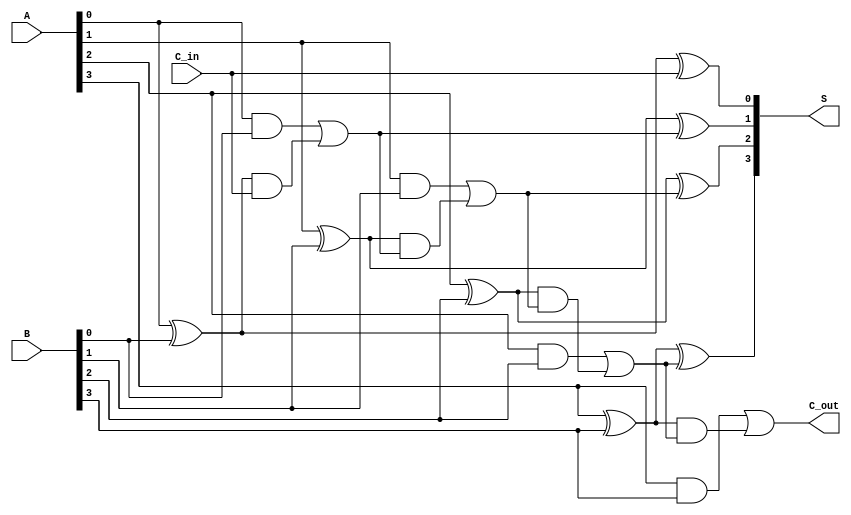
module ling_adder #(parameter n = 4) (
    input [n-1:0] A,        // First n-bit input
    input [n-1:0] B,        // Second n-bit input
    input C_in,             // Carry input
    output [n-1:0] S,       // n-bit sum output
    output C_out            // Carry output
);

    // Internal signals for carry generation and propagation
    wire [n-1:0] G; // Generate signals
    wire [n-1:0] P; // Propagate signals
    wire [n:0] C;   // Carry signals

    // Generate and propagate logic
    genvar i;
    generate
        for (i = 0; i < n; i = i + 1) begin : full_adder
            assign G[i] = A[i] & B[i];               // Generate
            assign P[i] = A[i] ^ B[i];               // Propagate
        end
    endgenerate

    // Carry signals calculation
    assign C[0] = C_in; // Initial carry input
    generate
        for (i = 0; i < n; i = i + 1) begin : carry_logic
            assign C[i + 1] = G[i] | (P[i] & C[i]); // Carry out for each bit
        end
    endgenerate

    // Sum calculation
    generate
        for (i = 0; i < n; i = i + 1) begin : sum_logic
            assign S[i] = P[i] ^ C[i]; // Sum output
        end
    endgenerate

    // Final carry output
    assign C_out = C[n]; // Carry out from the last bit

endmodule